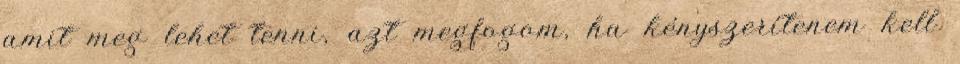
amit meg lehet tenni, azt megfogom, ha kényszerítenem kell